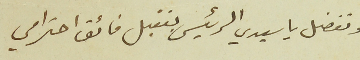
وتفضل يا سيدي الرئيس بتقبل فائق احترامي